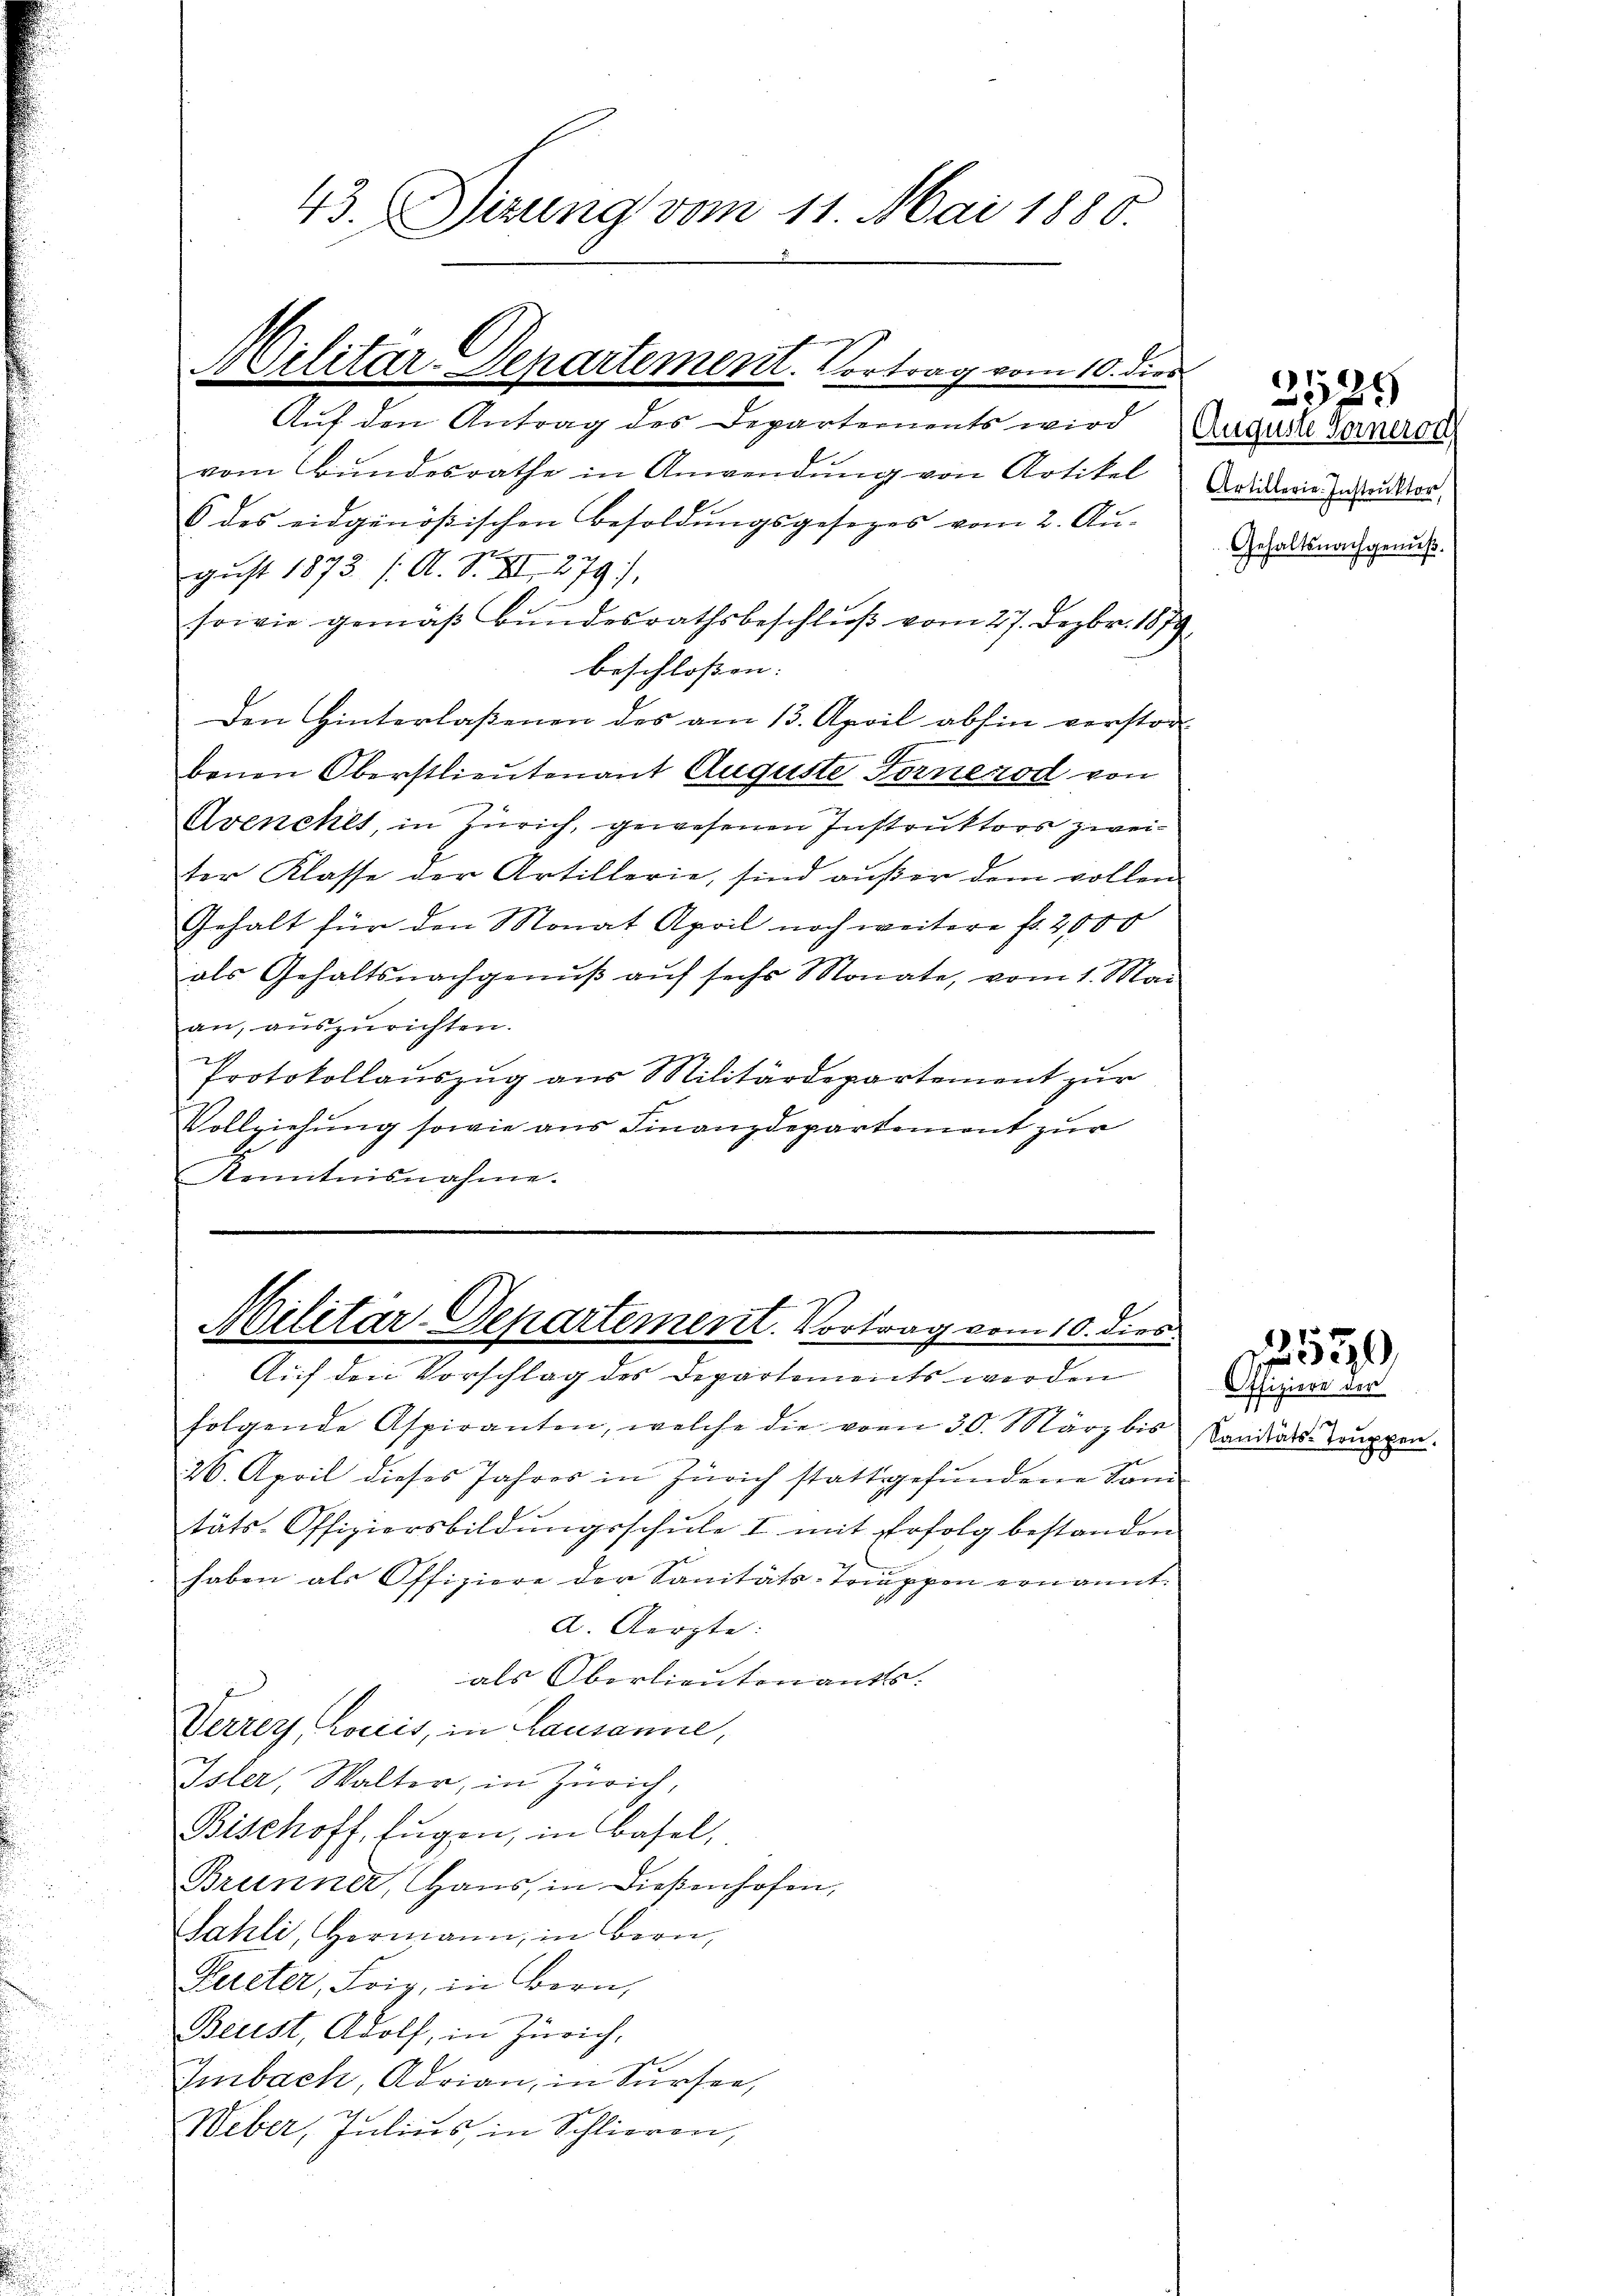
Auf den Antrag des Departements wird
vom Bundesrathe in Anwendung von Artikel
6 des eidgenößischen Besoldungsgesezes vom 2. Au-
sowie gemäβ bundesrathsbeschluß vom 27. Dezbr. 1879
beschloßen: |
Den Hinterlassenen des am 13. April abhin verstor
benen Oberstlieutenant Auguste Fornenod von
Avenches, in Zürich, gewesenen Instruktors zwei¬
Der Klasse der Artillerie, sind außer dem vollen
Gehalt für den Monat April noch weitere fr. 2000
als Gehaltsnachgenuß auf sechs Monate, vom 1. Mai
an, auszurichten.
Protokollauszug aus Militärdepartement zur
Vollziehung sowie aus Finanzdepartement zur
de
Kenntnisnahme.

43. Sizung vom 11. Mai 1880

Militar-Departement. Vortrag vom 10. dies
Auf den Vorschlag des Departements werden

Militär-Departement. Vortrag vom 10. dies

9
u
gust 1873 /: A. S. XI. 279),

folgende Aspiranten, welche die vom 30. März bis
26. April dieses Jahres in Zürich stattgefundene Son
täts-Offiziersbildŭngsschŭle I mit Erfolg bestanden
haben als Offiziere der Sanitäts-Truppen ernannt
a. Aerzte:
als Oberlieutenants:
Verrey, Louis, in Lausanne,
Isler, Walter, in Zürich,
Bischoff, fügen, in Basel,
Brunner, Haus, in dießenhofen,
Sahli, Hermann, in Bern,
Pereter, Loig, in Bern,
Beust, Adolf, in Zürich,
Embach, Adrian, in Sursee,
Weber, Julius, in Schlieren,

Auguste Fornerod
Artillerie. Instruktor,
Gehaltsnachgenuß.

2529

1550

Offiziere der
ah
Sanitäts-Truppen.
f